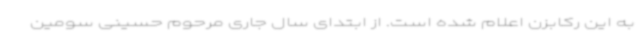
به این رکابزن اعلام شده است. از ابتدای سال جاری مرحوم حسینی سومین